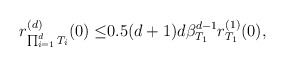
\begin{align*}r_{\prod_{i=1}^d T_i}^{(d)}(0)\leq&0.5(d+1)d\beta_{T_{1}}^{d-1}r^{(1)}_{T_1}(0),\end{align*}